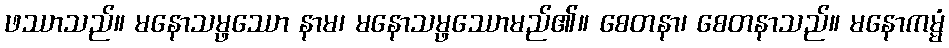
ဖဿာသည်။ မနောသမ္ဖဿော နာမ၊ မနောသမ္ဖဿောမည်၏။ စေတနာ၊ စေတနာသည်။ မနောကမ္မံ